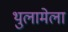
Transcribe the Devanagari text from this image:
थुलामेला